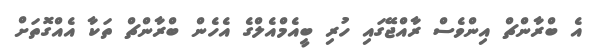
އެ ބްރާންޗް އިންވެސް ރާއްޖޭގައި ހުރި ބީއެމްއެލްގެ އެހެން ބްރާންޗް ތަކާ އެއްގޮތަށް